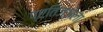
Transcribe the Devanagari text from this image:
प्रतिज्ञेला